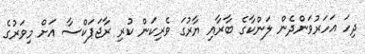
ދިހަ އަހަރުވަންދެން ލަންކާގެ ބާރާއި ޔާރުގަ ވެރިކަން ކުރި ރާޖަޕަކްސާ އަށް މިވަރުގެ